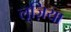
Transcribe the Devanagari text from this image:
लूज़िया